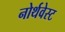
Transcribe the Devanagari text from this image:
नोर्थवेस्ट